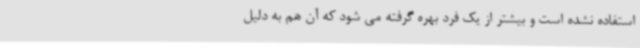
استفاده نشده است و بیشتر از یک فرد بهره گرفته می شود که آن هم به دلیل